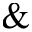
\&